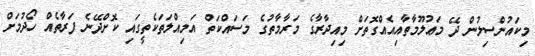
މިކައުންސިލުން ދޭ މަޢުލޫމާތާއިއެއްގޮތަށް މިއިދާރާގެ މަރާމާތުގެ މަސައްކަތް އަމިއްލަތަކެތީގައި ކޮށްދޭނެ ފަރާތެއް ހޯދުމަށް